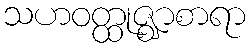
သဟဝတ္ထုဇ္ဈာစာရာ